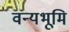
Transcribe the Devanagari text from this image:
वन्यभूमि